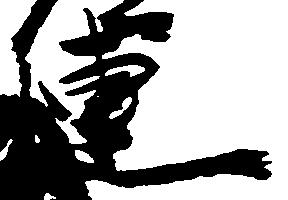
連